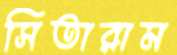
সিতারাম